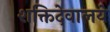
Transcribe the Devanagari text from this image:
शक्तिदेवालये